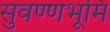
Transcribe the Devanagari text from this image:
सुवण्णभूमि